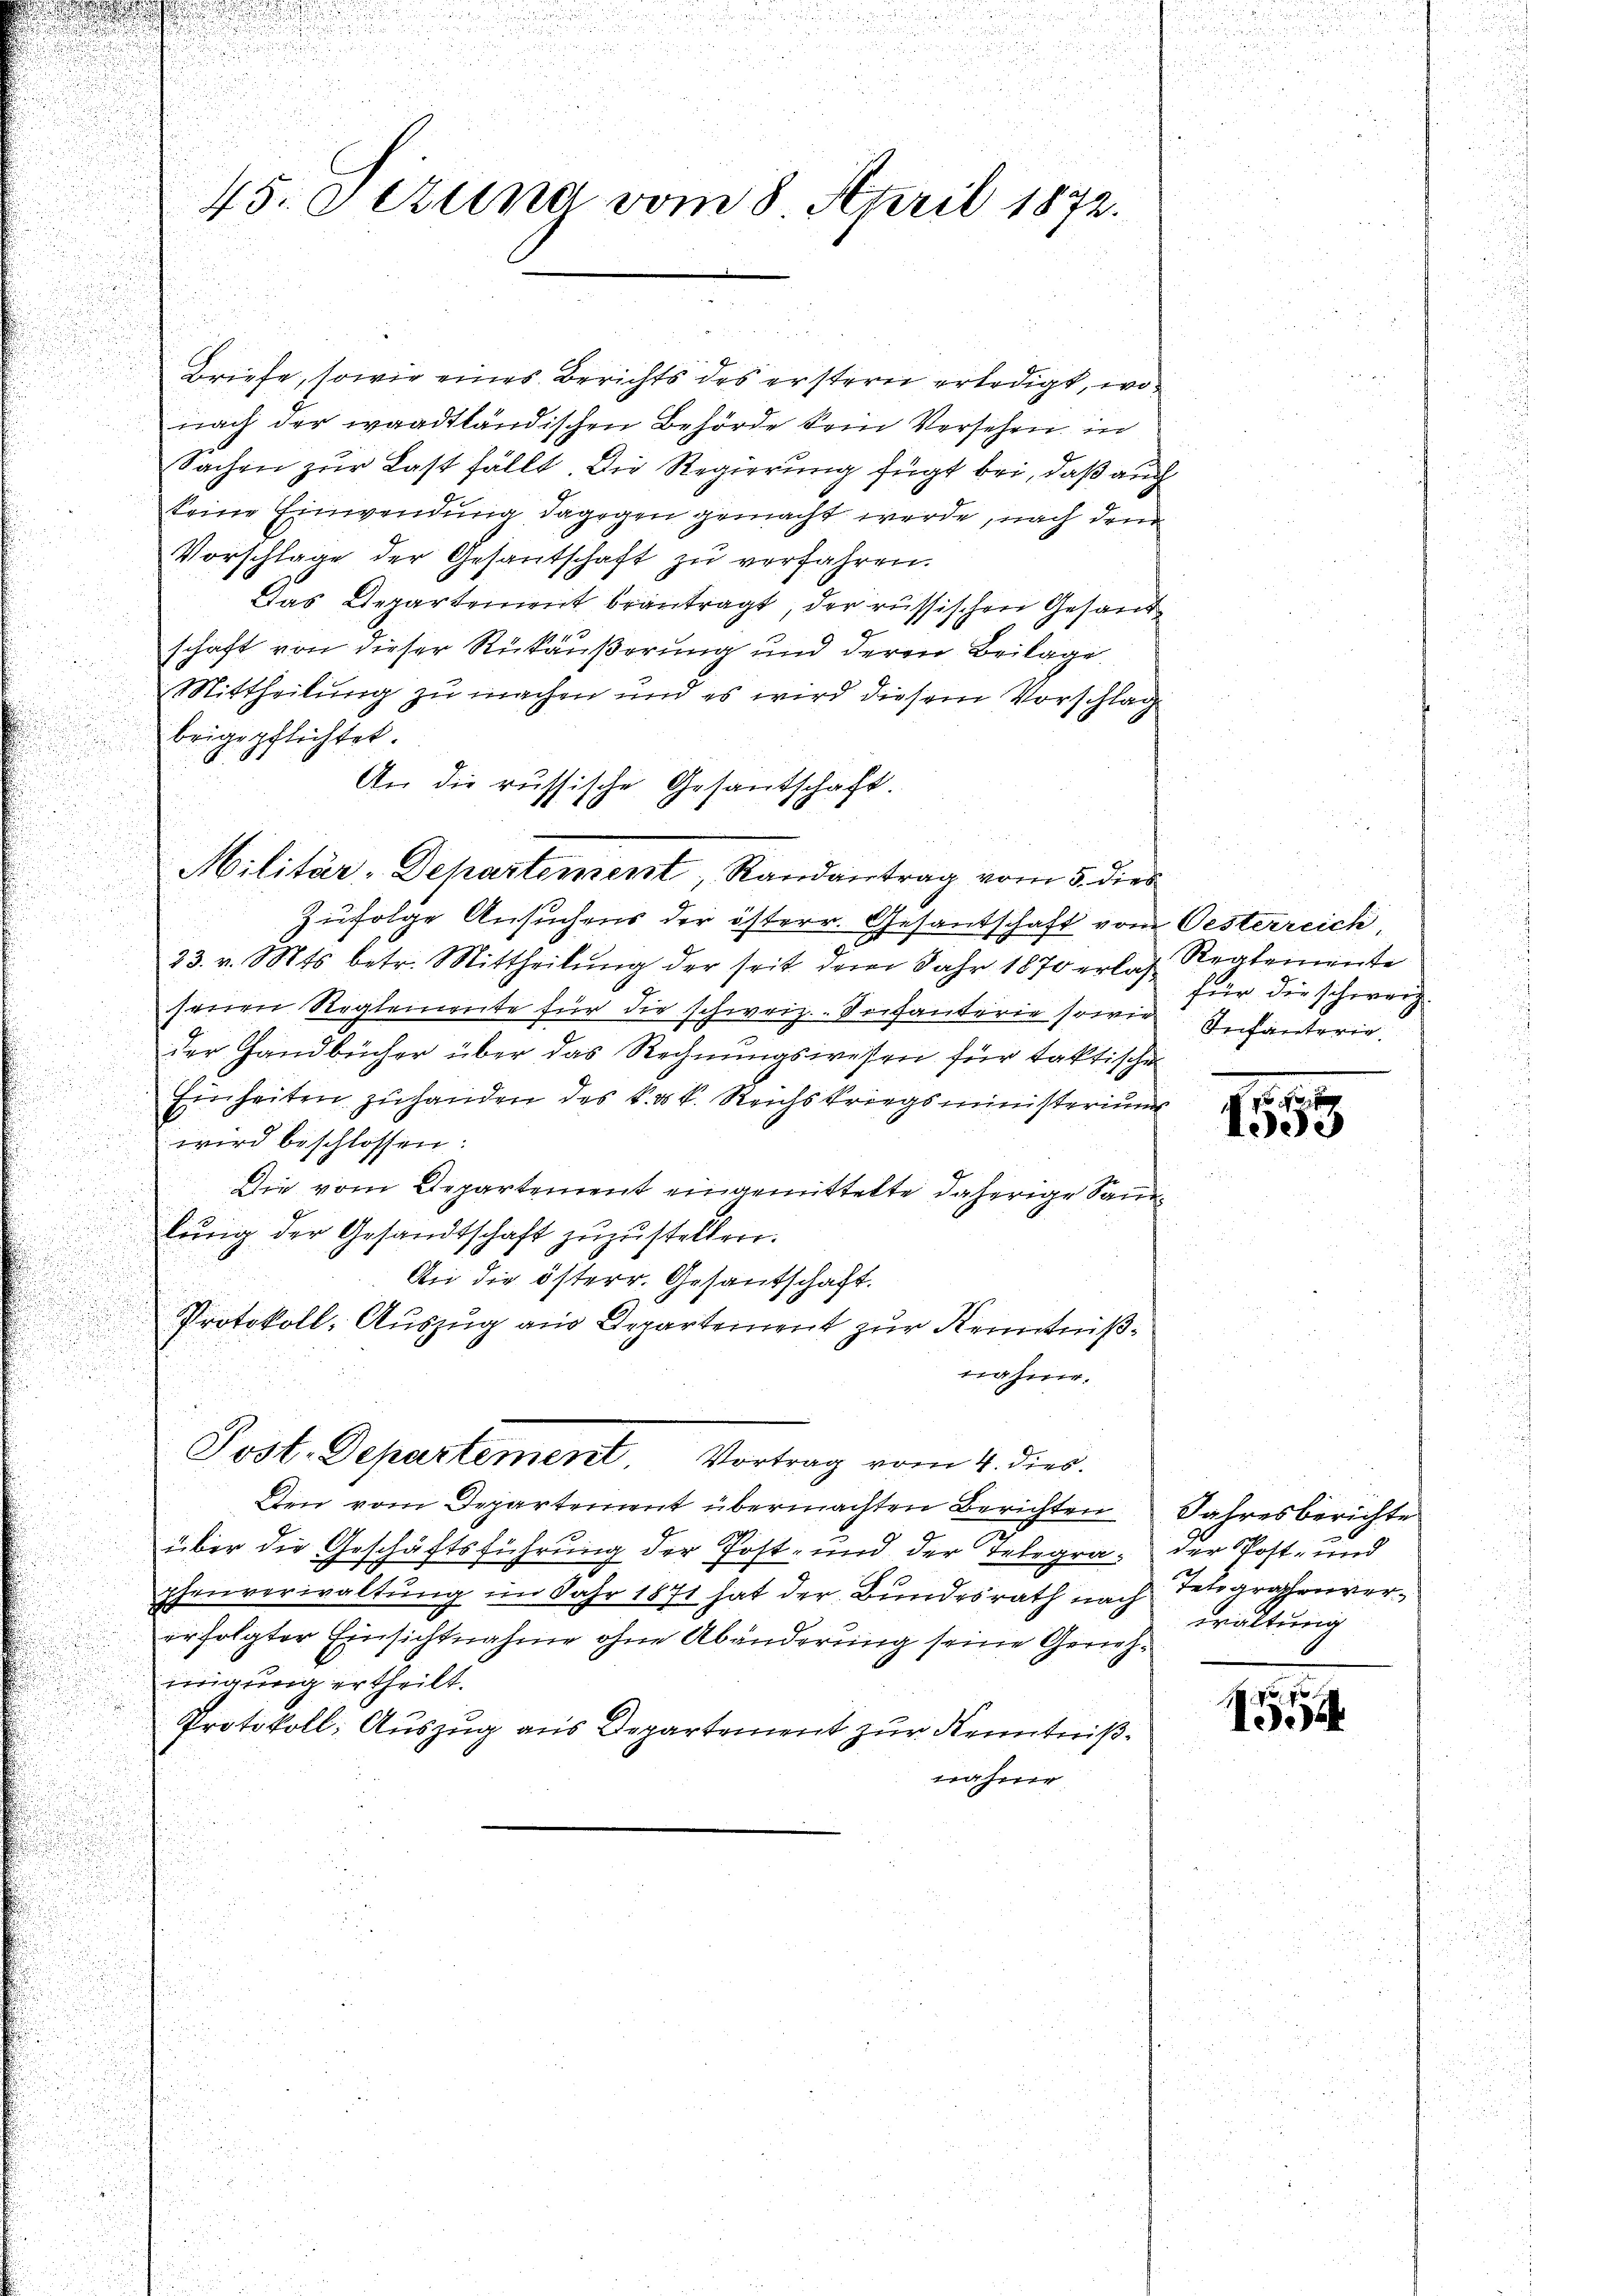
45. dezuna vom 8. April 1872.

Briefe, sowie eines Berichts des erstern erledigt, wo
nach der waadtländischen Behörde kein Versehen, in
Sachen zur Last fällt. Die Regierung fügt bei, daß auch
keine Einwendung dagegen gemacht werde, nach dem
Vorschlage der Gesantschaft zu verfahren.
Das Departement beantragt, der russischen Gesandschaft von dieser Rückäußerung und deren Beilage
Mittheilung zu machen und es wird diesem Vorschlag
brigepflichtet.
An die russische Gesandschaft.
u

u
zufolge Ansuchens der österr. Gesandschaft von Oesterreich,
2
23. v. Mts. betr. Mittheilung der seit dem Jahr 1870 erlach Realemente
senen Reglemente für die schweiz. Seifanterie sowie Infanterie
der Handbücher über das Rechnungswesen für taktischen
.
Einheiten zuhanden des k. k. k. Reichskriegsministeriums
u
i
wird beschlossen:
Die vom Departement eingemittelte daherige San¬
u
lŭng der Gesandtschaft zuzustellen.
An die österr. Gesandschaft.
Protokoll-Auszug aus Departement zur Kenntnißnahme.
Post-Departement. Vortrag vom 4. dies
Den vom Departement übermachten Berichten Jahresberichte
über die Geschäftsführung der Post- und der Telegra der Post- und
phenverwaltung im Jahr 1871 hat der Bundesrath nach Telegraphenvererfolgter Einsichtnahme ohne Abänderung seine Genehingung ertheilt.
Protokoll: Auszug aus Departement zur Kenntnißnahme

Militär-Dehartement, Randantrag vom 5. dies

x

für die schweiz.

den
eee

waltung

.
15